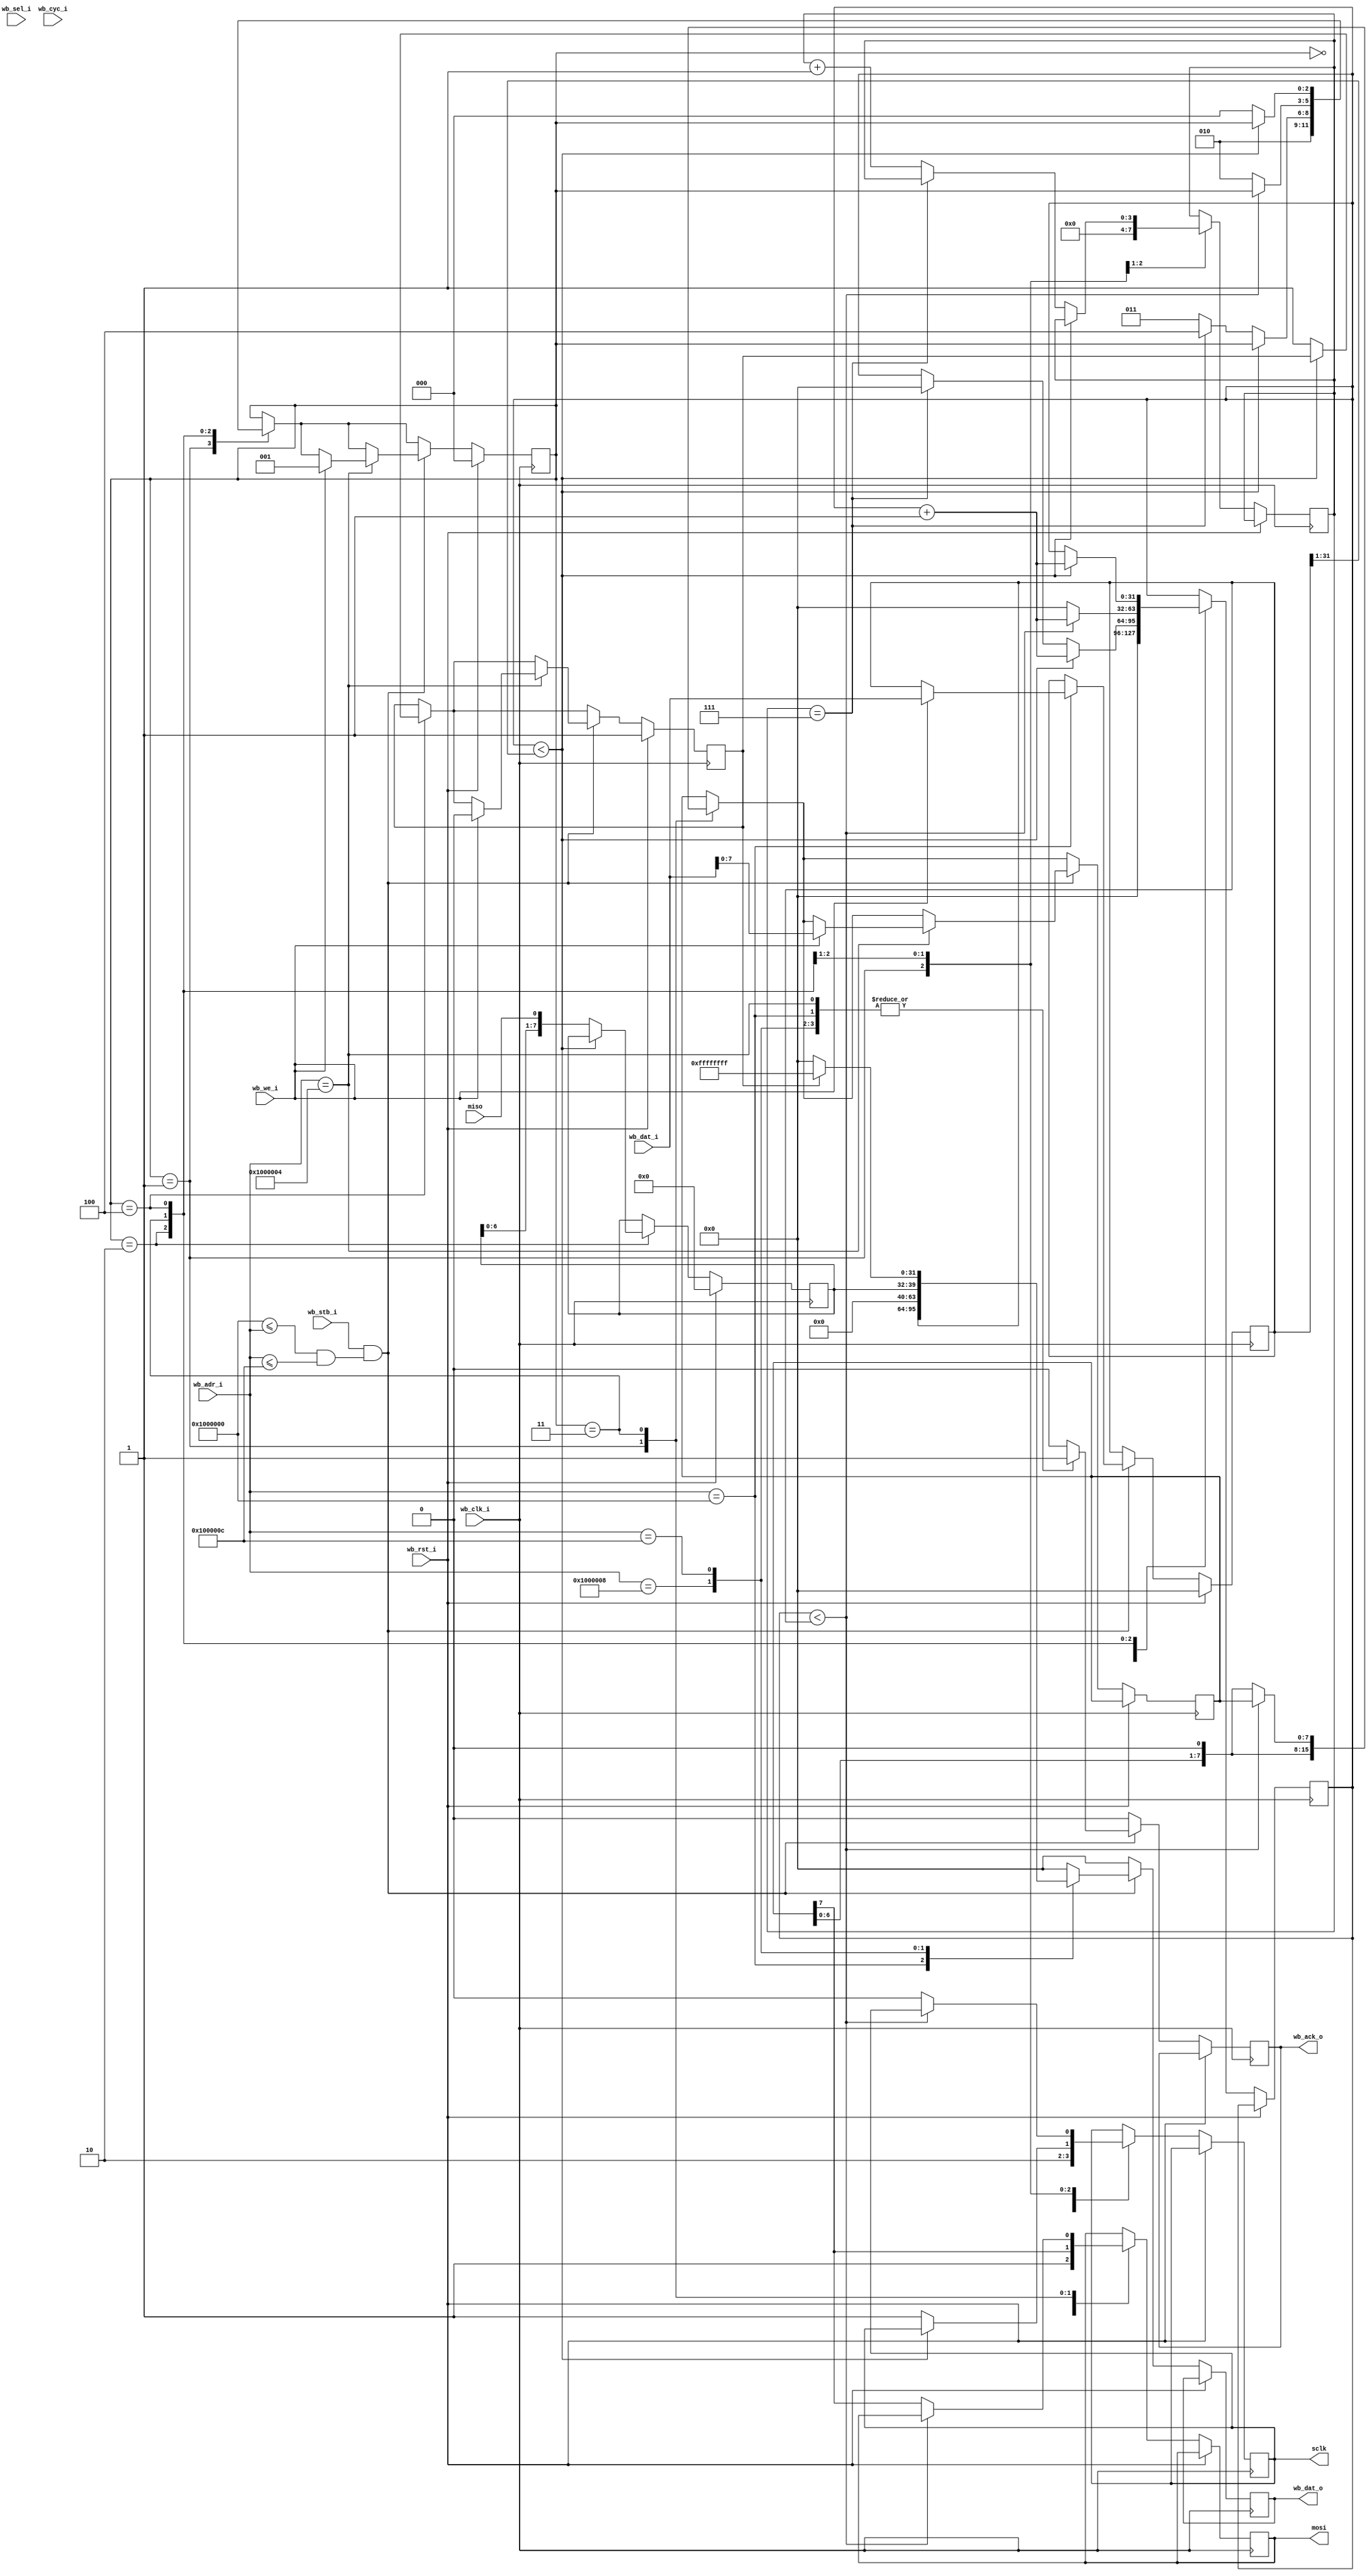
module wb_spi #(
	parameter BASE_ADR = 32'h1000000
)(
	input wb_clk_i,
	input wb_rst_i,

	input [31:0] wb_adr_i,
	input [31:0] wb_dat_i,
	input [3:0] wb_sel_i, // byte write enable
	input wb_we_i, //write enable from bus
	input wb_cyc_i, //wishbone transaction is taking place
	input wb_stb_i, //wishbone transction request

	output reg wb_ack_o, //bus request ack'ed
	output reg [31:0] wb_dat_o, //data output

	input miso,
	output reg mosi,
	output reg sclk
	);

	localparam DIV_REG_OFFSET = 0;
	localparam TX_REG_OFFSET = 4;
	localparam RX_REG_OFFSET = 8;
	localparam STATUS_REG_OFFSET = 12;
	localparam ADR_RANGE = 12;

	reg [31:0] spi_div_reg;

	reg [31:0] div_counter;

	reg [2:0] FSM_state;
	reg [3:0] bit_counter;
	reg [7:0] rx_byte;
	reg [7:0] tx_byte;
	reg transaction_done;

	wire adr_selected; 

	assign adr_selected = (BASE_ADR <= wb_adr_i) && (wb_adr_i <= (BASE_ADR + ADR_RANGE));

	always @(posedge wb_clk_i) begin

		//reset condition 
		if (wb_rst_i) begin	
			spi_div_reg <= 0;
			rx_byte <= 0;
			FSM_state <= 0;
			transaction_done <= 1;
		end
		else begin
			
			//read/write data on falling edge of clock
			case(FSM_state)

				0: begin //idle state
					sclk <= 1;
					mosi <= 1;
					div_counter <= 0;
					//mark something done here
				end

				1: begin // started, sclk goes low
					sclk <= 0;
					bit_counter <= 0;
					mosi <= tx_byte[7];
					tx_byte <= tx_byte <<1;
					FSM_state <= 2;
				end 

				2: begin //wait for first half of clock period
					if (div_counter < (spi_div_reg>>1)) begin
						div_counter <= div_counter+1;
					end
					else begin
						sclk <= 1;
						rx_byte <= {rx_byte[6:0], miso};
						if (bit_counter == 7) begin
							FSM_state <= 4;
							div_counter <= 0;
						end
						else begin
							FSM_state <= 3;
							bit_counter <= bit_counter+1;
						end
					end
				end

				3: begin //wait for second half of clock period
					if (div_counter < spi_div_reg) begin
						div_counter <= div_counter+1;
					end
					else begin
						sclk <= 0;
						mosi <= tx_byte[7];
						tx_byte <= tx_byte <<1;
						div_counter <= 0;
						FSM_state <= 2;
					end
				end

				4: begin //finish last half clock cycle
					if (div_counter < (spi_div_reg>>1)) begin
						div_counter <= div_counter+1;
					end
					else begin
						transaction_done <= 1;
						FSM_state <= 0;
					end
				end
				
			endcase 


			//addressing logic
			if(wb_stb_i && adr_selected) begin
				case(wb_adr_i)
					(BASE_ADR + DIV_REG_OFFSET): begin
						if(wb_we_i) spi_div_reg <= wb_dat_i;
						wb_dat_o <= spi_div_reg;
						wb_ack_o <= 1'b1;
					end

					(BASE_ADR + TX_REG_OFFSET): begin
						if(wb_we_i) begin
							FSM_state <= 1;
							transaction_done <= 0;
							tx_byte <= wb_dat_i[7:0];
						end
						wb_dat_o <= 32'b0;
						wb_ack_o <= 1'b1;
					end

					(BASE_ADR + RX_REG_OFFSET): begin
						//no writes
						wb_dat_o <= {24'b0, rx_byte};
						wb_ack_o <= 1'b1;
					end

					(BASE_ADR + STATUS_REG_OFFSET): begin
						 //no writes
						wb_dat_o <= transaction_done ? ~32'b0 : 32'b0;
						wb_ack_o <= 1'b1;
					end

					default: begin
						wb_ack_o <= 1'b0;
						wb_dat_o <= 32'b0;

					end
				endcase
			end
			else begin
				wb_ack_o <= 1'b0;
				wb_dat_o <= 32'b0;
			end
		end
	end
endmodule